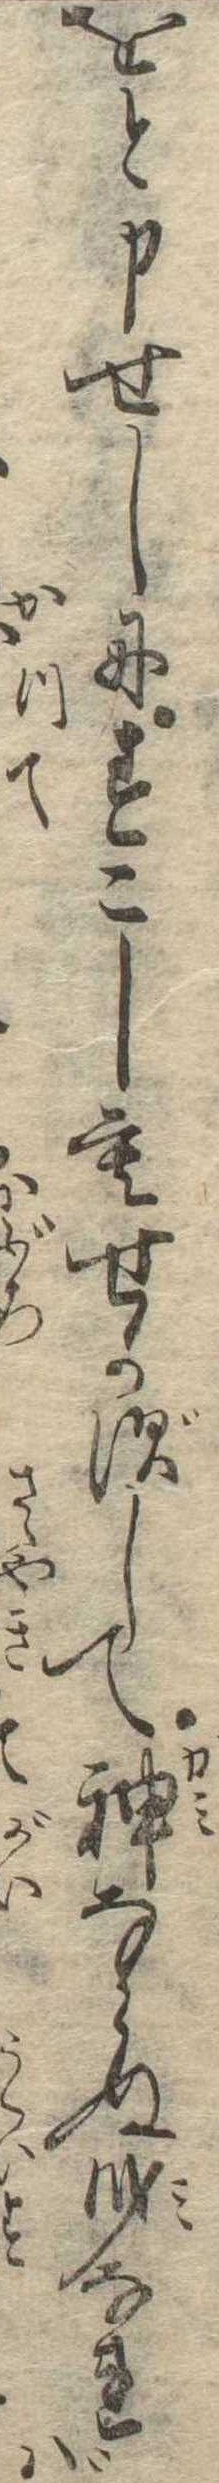
をと申せしにすこしもせかずして神ならぬ身なれば